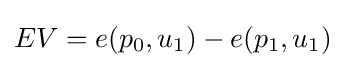
EV=e(p_{0},u_{1})-e(p_{1},u_{1})